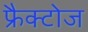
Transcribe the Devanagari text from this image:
फ्रैक्टोज